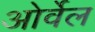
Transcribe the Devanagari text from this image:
ओर्वेल